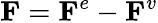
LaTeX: \mathbf{F}=\mathbf{F}^{e}-\mathbf{F}^{v}